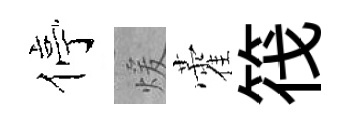
停煖藿筏